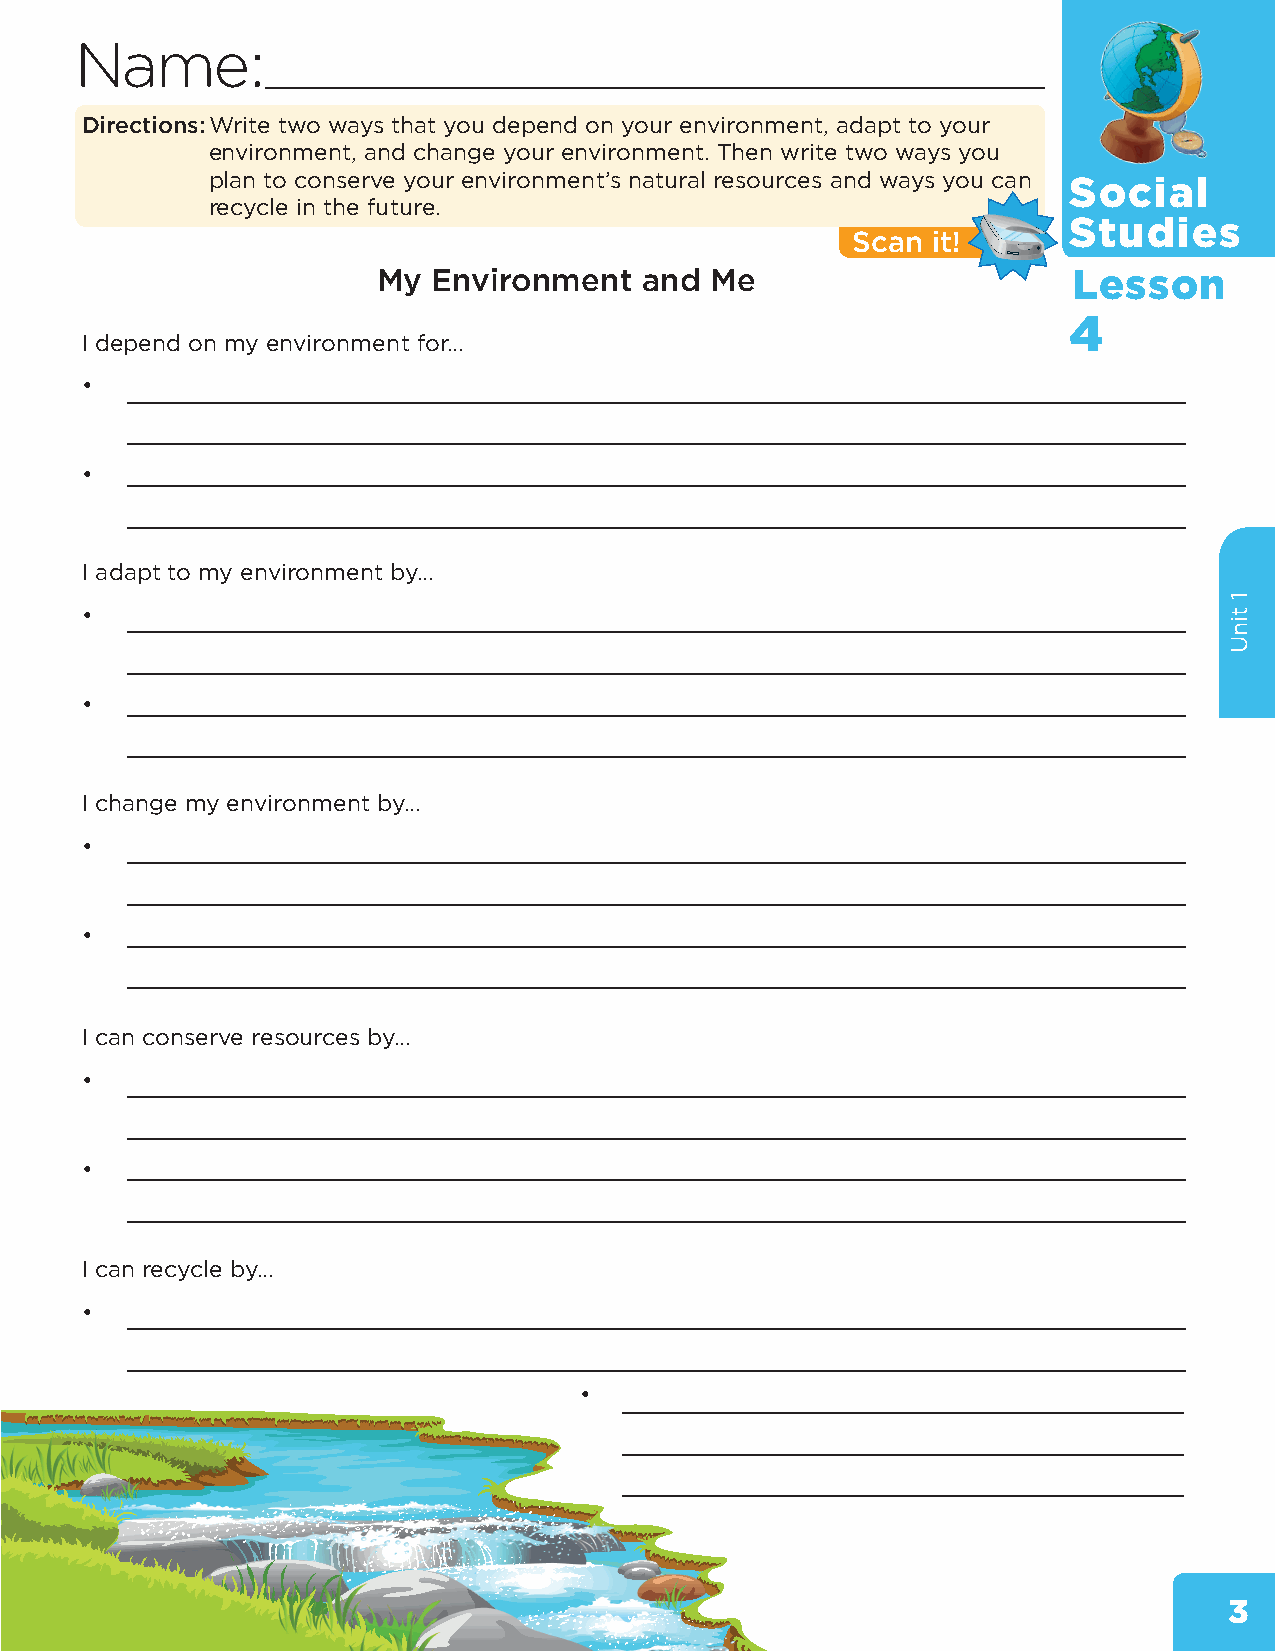
Name:
 Directions:Write two ways that you depend on your environment, adapt to your
 environment, and change your environment. Then write two ways you
 plan to conserve your environment’s natural resources and ways you can
 Social
 recycle in the future.
 Studies
 Scan  it!
 My  Environment  and  Me                      Lesson
 4
 I depend on my environment for…
 •  _________________________________________________________________________________
 _________________________________________________________________________________
 •  _________________________________________________________________________________
 _________________________________________________________________________________
 I adapt to my environment by…
 •  _________________________________________________________________________________
 _________________________________________________________________________________
 •  _________________________________________________________________________________
 _________________________________________________________________________________
 I change my environment by…
 •  _________________________________________________________________________________
 _________________________________________________________________________________
 •  _________________________________________________________________________________
 _________________________________________________________________________________
 I can conserve resources by…
 •  _________________________________________________________________________________
 _________________________________________________________________________________
 •  _________________________________________________________________________________
 _________________________________________________________________________________
 I can recycle by…
 •  _________________________________________________________________________________
 _________________________________________________________________________________
 •
 ___________________________________________
 ___________________________________________
 ___________________________________________
 3
 1
 tinU